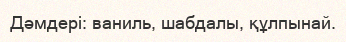
Дәмдері: ваниль, шабдалы, құлпынай.